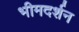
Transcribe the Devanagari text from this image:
भीमदर्शन